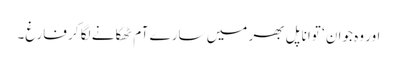
اور وہ جوان ‘ توانا پل بھر میں سارے آم ٹھکانے لگا کر فارغ۔